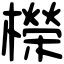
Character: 𣞁